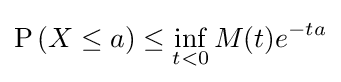
\operatorname {P} \left(X\leq a\right)\leq \inf _{t<0}M(t)e^{-ta}